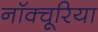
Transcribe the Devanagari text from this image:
नॉक्चूरिया